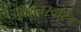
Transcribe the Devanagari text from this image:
विद्युतस्वरित्र